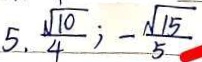
5 . \frac { \sqrt { 1 0 } } { 4 } ; - \frac { \sqrt { 1 5 } } { 5 }